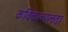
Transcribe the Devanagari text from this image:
कविकल्पलता